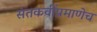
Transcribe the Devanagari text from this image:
संतकवींप्रमाणेच